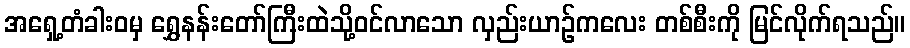
အရှေ့တံခါးဝမှ ရွှေနန်းတော်ကြီးထဲသို့ဝင်လာသော လှည်းယာဉ်ကလေး တစ်စီးကို မြင်လိုက်ရသည်။